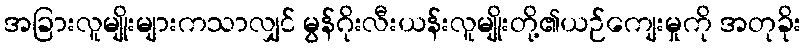
အခြားလူမျိုးများကသာလျှင် မွန်ဂိုးလီးယန်းလူမျိုးတို့၏ယဉ်ကျေးမှုကို အတုခိုး